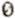
0